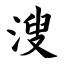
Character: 溲